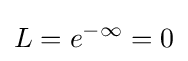
L={e}^{-\infty }=0